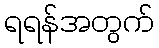
ရရန်အတွက်